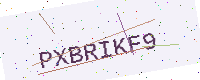
Text: PXBRIKF9